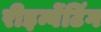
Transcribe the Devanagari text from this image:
रीइन्वेंटिंग